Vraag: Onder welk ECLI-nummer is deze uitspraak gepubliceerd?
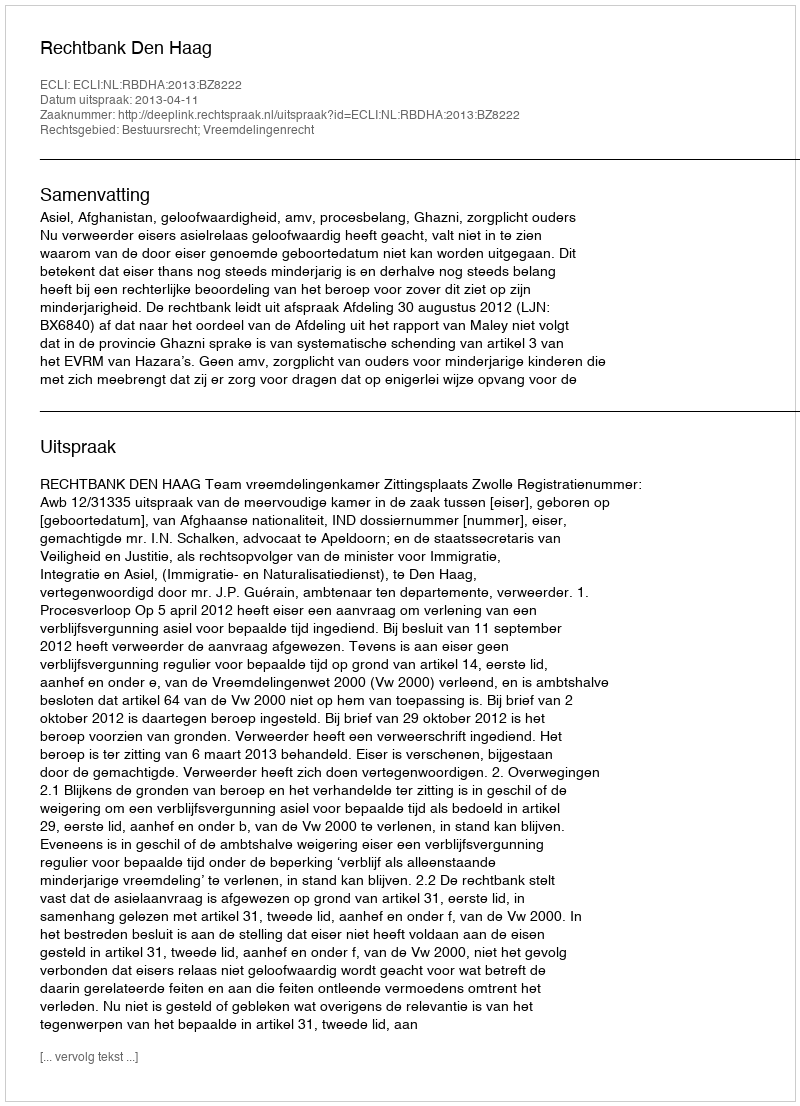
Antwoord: ECLI:NL:RBDHA:2013:BZ8222